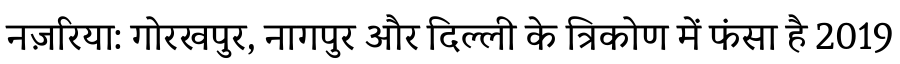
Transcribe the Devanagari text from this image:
नज़रिया: गोरखपुर, नागपुर और दिल्ली के त्रिकोण में फंसा है 2019